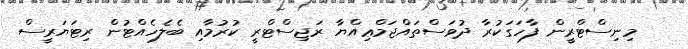
މިނިސްޓްރީން ފާހަގަކުރާ ދުވަސްތައްޖަމްޢިއްޔާ ރަޖިސްޓްރީ ކުރުމާއި ބެލެހެއްޓުން ރިޓަޔަރީސް